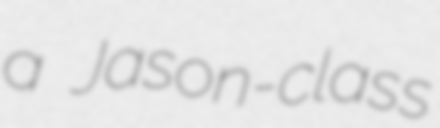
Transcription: a  Jason-class